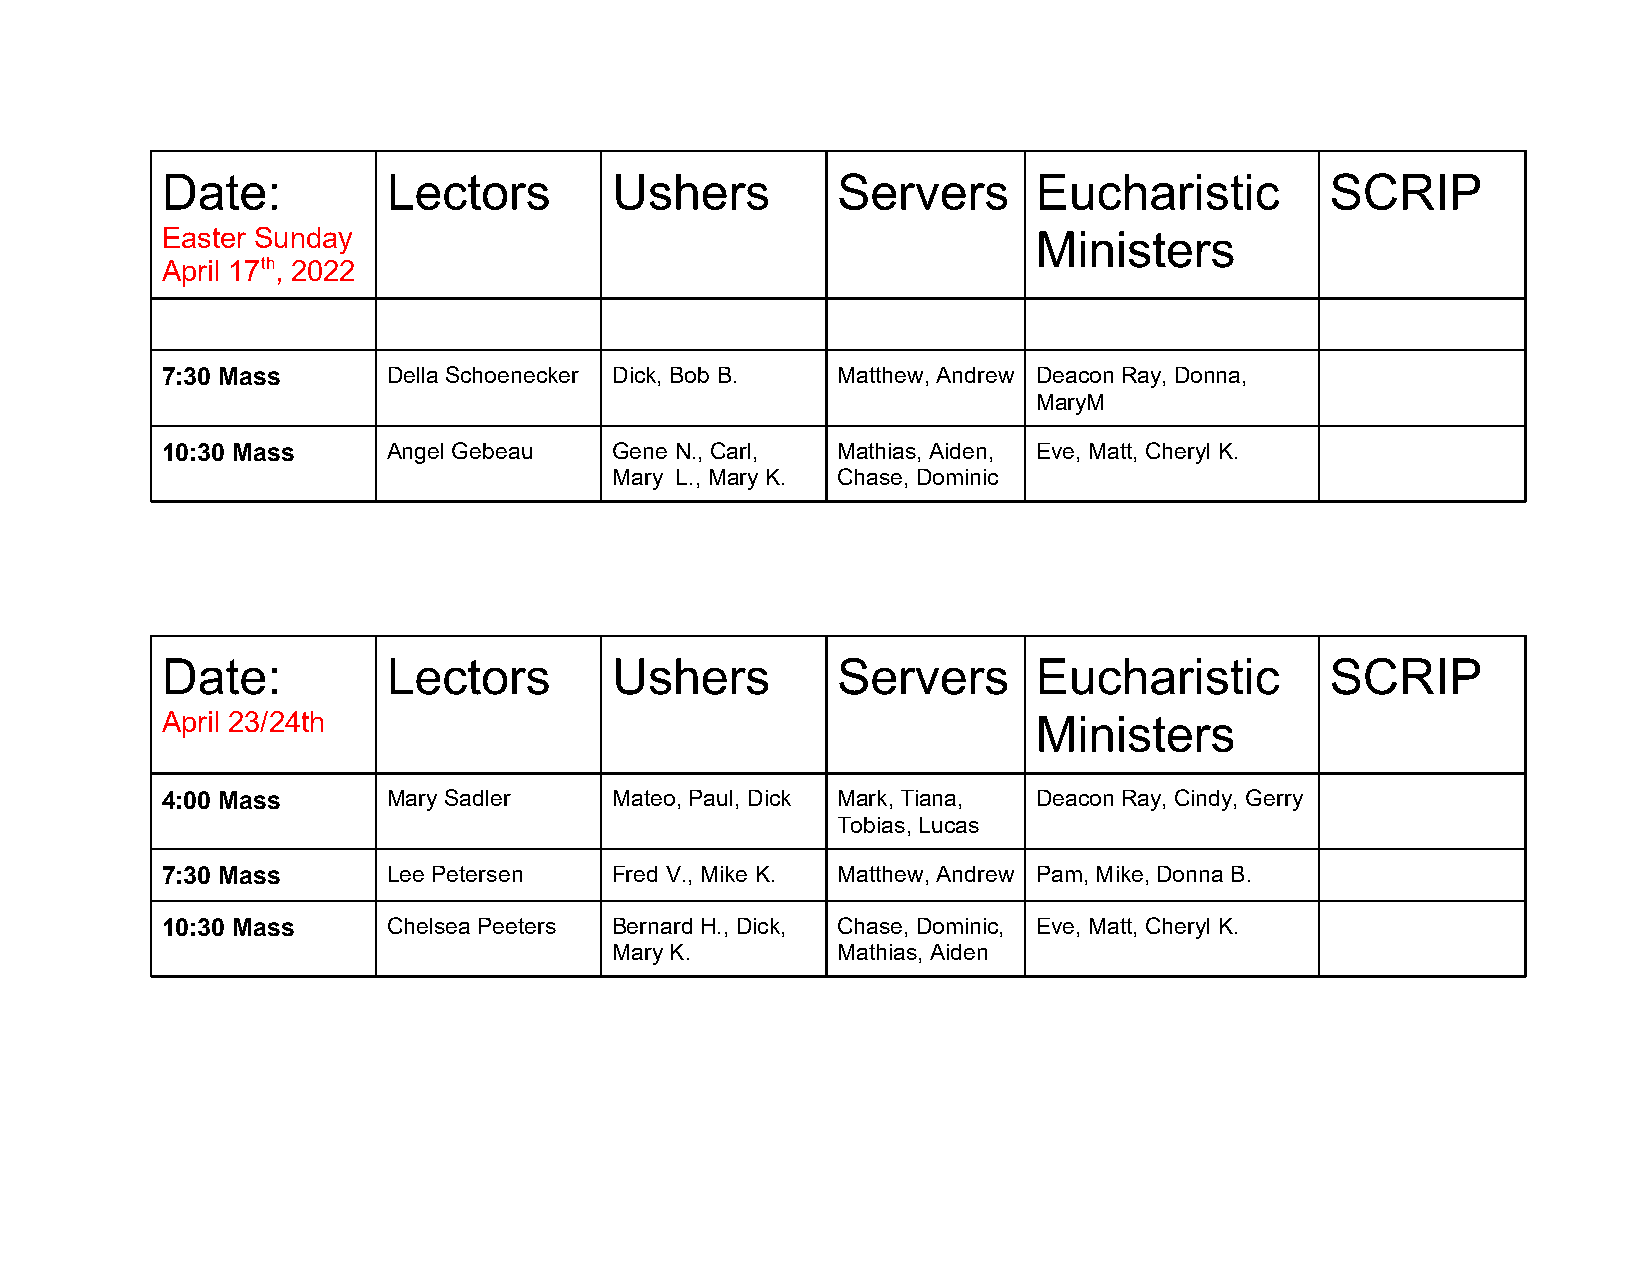
Date:          Lectors       Ushers         Servers       Eucharistic        SCRIP
 Easter Sunday                                             Ministers
 April 17th, 2022
 7:30 Mass      Della Schoenecker Dick, Bob B. Matthew, Andrew Deacon Ray, Donna,
 MaryM
 10:30 Mass     Angel Gebeau  Gene N., Carl, Mathias, Aiden, Eve, Matt, Cheryl K.
 Mary L., Mary K. Chase, Dominic
 Date:          Lectors       Ushers         Servers       Eucharistic        SCRIP
 April 23/24th                                             Ministers
 4:00 Mass      Mary Sadler   Mateo, Paul, Dick Mark, Tiana, Deacon Ray, Cindy, Gerry
 Tobias, Lucas
 7:30 Mass      Lee Petersen  Fred V., Mike K. Matthew, Andrew Pam, Mike, Donna B.
 10:30 Mass     Chelsea Peeters Bernard H., Dick, Chase, Dominic, Eve, Matt, Cheryl K.
 Mary K.        Mathias, Aiden